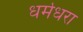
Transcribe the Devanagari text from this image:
धर्मधरा